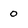
Character: o